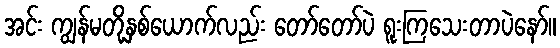
အင်း ကျွန်မတို့နှစ်ယောက်လည်း တော်တော်ပဲ ရူးကြသေးတာပဲနော်။